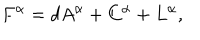
F ^ { \alpha } = d A ^ { \alpha } + C ^ { \alpha } + L ^ { \alpha } ,